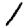
Digit: 1